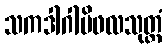
သကဒါဂါမိဖလသုတ္တံ